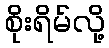
စိုးရိမ်လို့